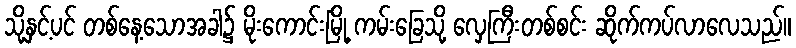
သို့နှင့်ပင် တစ်နေ့သောအခါ၌ မိုးကောင်းမြို့ ကမ်းခြေသို့ လှေကြီးတစ်စင်း ဆိုက်ကပ်လာလေသည်။